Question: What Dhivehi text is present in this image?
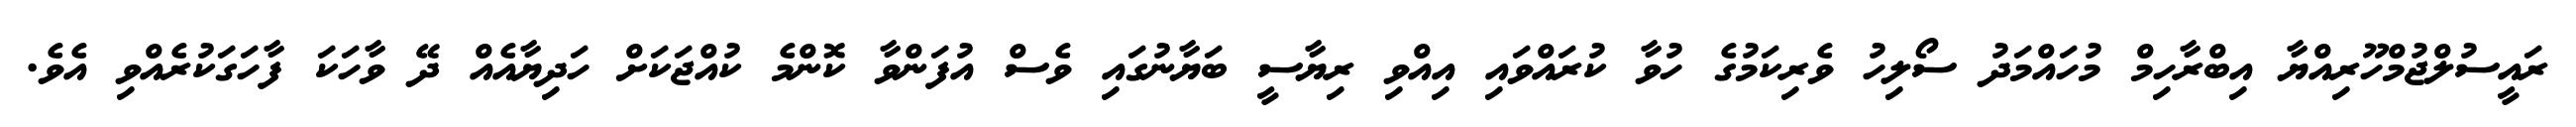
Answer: ރައީސުލްޖުމްހޫރިއްޔާ އިބްރާހިމް މުހައްމަދު ސޯލިހު ވެރިކަމުގެ ހުވާ ކުރައްވައި އިއްވި ރިޔާސީ ބަޔާނުގައި ވެސް އުފަންވާ ކޮންމެ ކުއްޖަކަށް ހަދިޔާއެއް ދޭ ވާހަކަ ފާހަގަކުރެއްވި އެވެ.